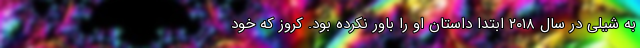
به شیلی در سال ۲۰۱۸ ابتدا داستان او را باور نکرده بود. کروز که خود